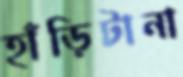
হাঁড়িটানা